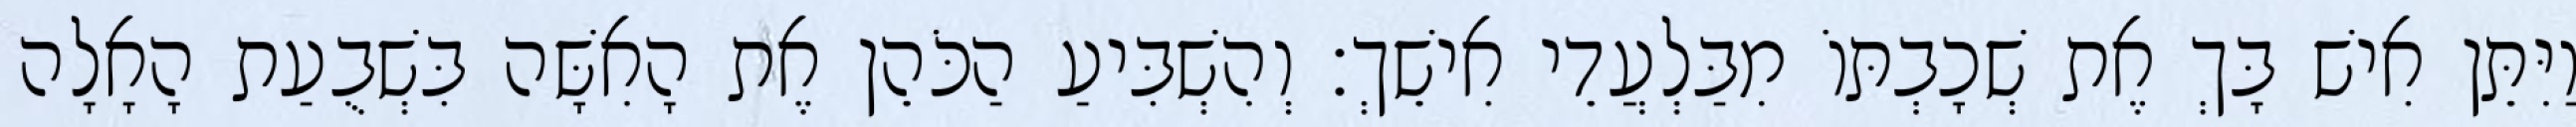
וַיִּתֵּן אִישׁ בָּךְ אֶת שְׁכָבְתּוֹ מִבַּלְעֲדֵי אִישֵׁךְ׃ וְהִשְׁבִּיעַ הַכֹּהֵן אֶת הָאִשָּׁה בִּשְׁבֻעַת הָאָלָה